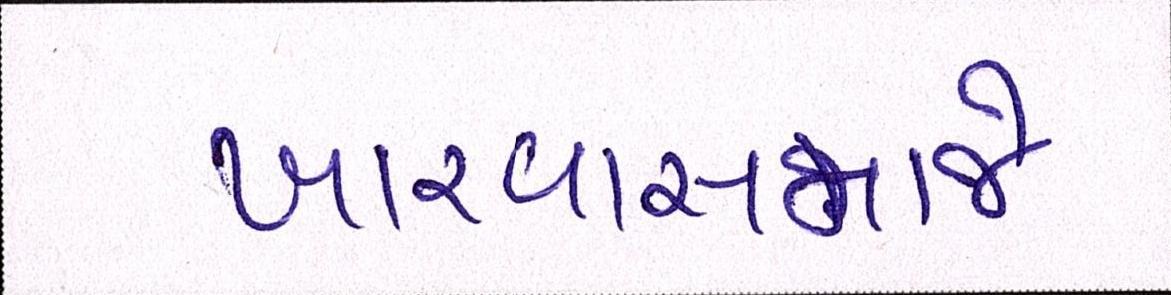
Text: ખારવાસમાજે